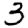
Digit: 3